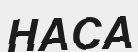
НАСА